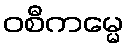
ဝစီကမ္မေ